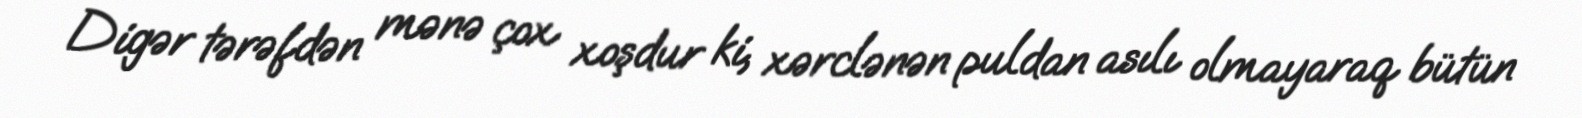
Digər tərəfdən mənə çox xoşdur ki, xərclənən puldan asılı olmayaraq bütün